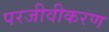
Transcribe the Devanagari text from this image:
परजीवीकरण